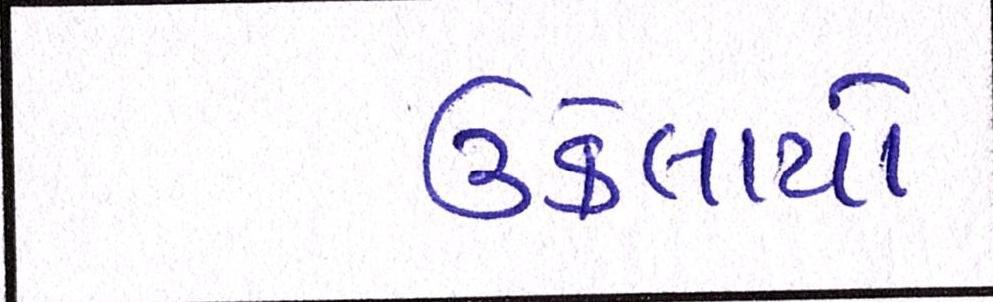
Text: ઉકેલાયો